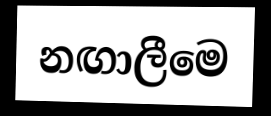
නඟාලීමෙ